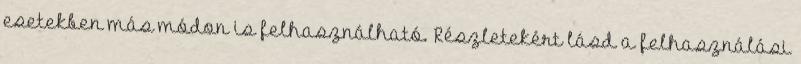
esetekben más módon is felhasználható. Részletekért lásd a felhasználási